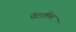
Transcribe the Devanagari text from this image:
पेंटामिन